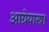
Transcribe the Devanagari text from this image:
आग्नेयास्त्र।